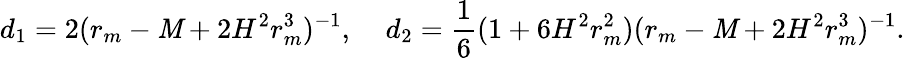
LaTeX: d_{1}=2(r_{m}-\mathit{M}+2H^{2}r_{m}^{3})^{-1},\; \; \; \; d_{2}=\frac{{1}}{{6}}(1+6H^{2}r_{m}^{2})(r_{m}-\mathit{M}+2H^{2}r_{m}^{3})^{-1}.